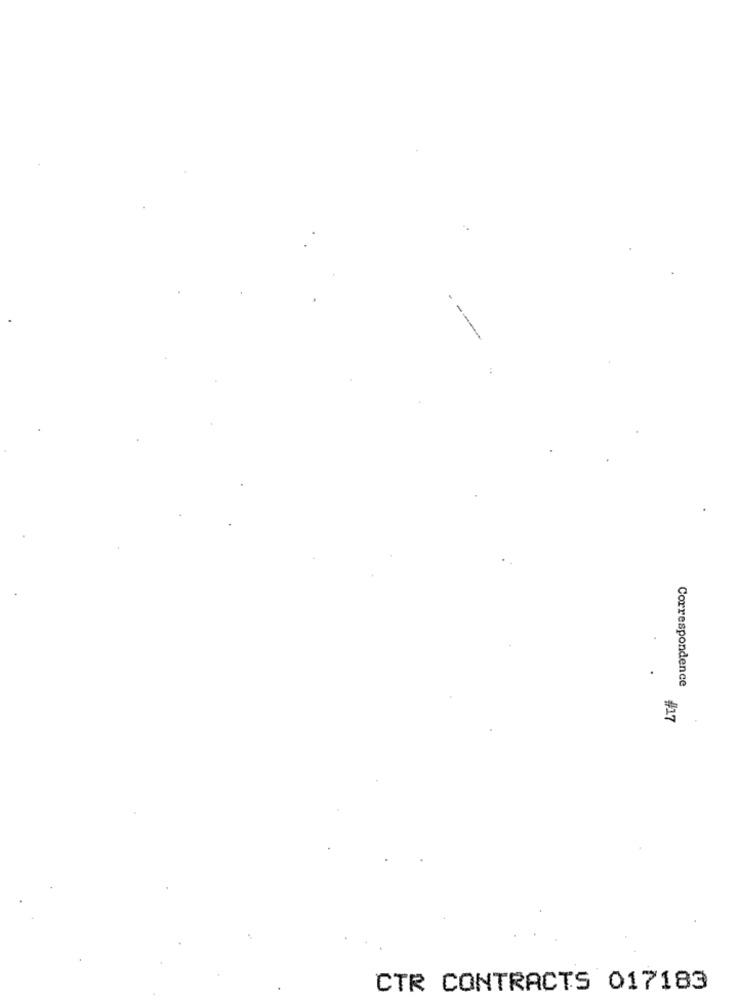
.
Correspondence
#17
CTR CONTRACTS 017183